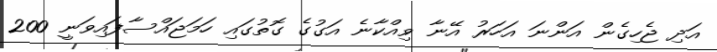
އަދި ޖެހިގެން އަންނަ އަހަރު އޭނާ ވިއްކާނެ އަގުގެ ގޮތުގައި ހަމަޖައްސާފައިވަނީ 200